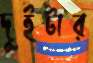
দুইটার